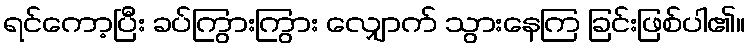
ရင်ကော့ပြီး ခပ်ကြွားကြွား လျှောက် သွားနေကြ ခြင်းဖြစ်ပါ၏။